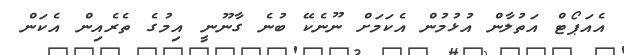
އެއަޕޯޓް އަތުލާން އުޅުމުން އެކަމަށް ނޫނެކޭ ބުނެ ގާނޫނީ އިމުގެ ތެރެއިން އެކަން